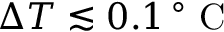
\Delta T \lesssim 0 . 1 \, ^ { \circ } \mathrm { ~ C ~ }